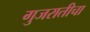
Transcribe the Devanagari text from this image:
गुजरातीचा